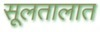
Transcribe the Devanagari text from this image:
सूलतालात